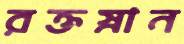
রক্তস্নান